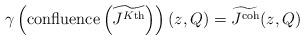
LaTeX: \begin{align*} \gamma\left(\textnormal{confluence}\left(\widetilde{J^{K\textnormal{th}}}\right)\right)(z,Q) = \widetilde{J^\textnormal{coh}}(z,Q) \end{align*}